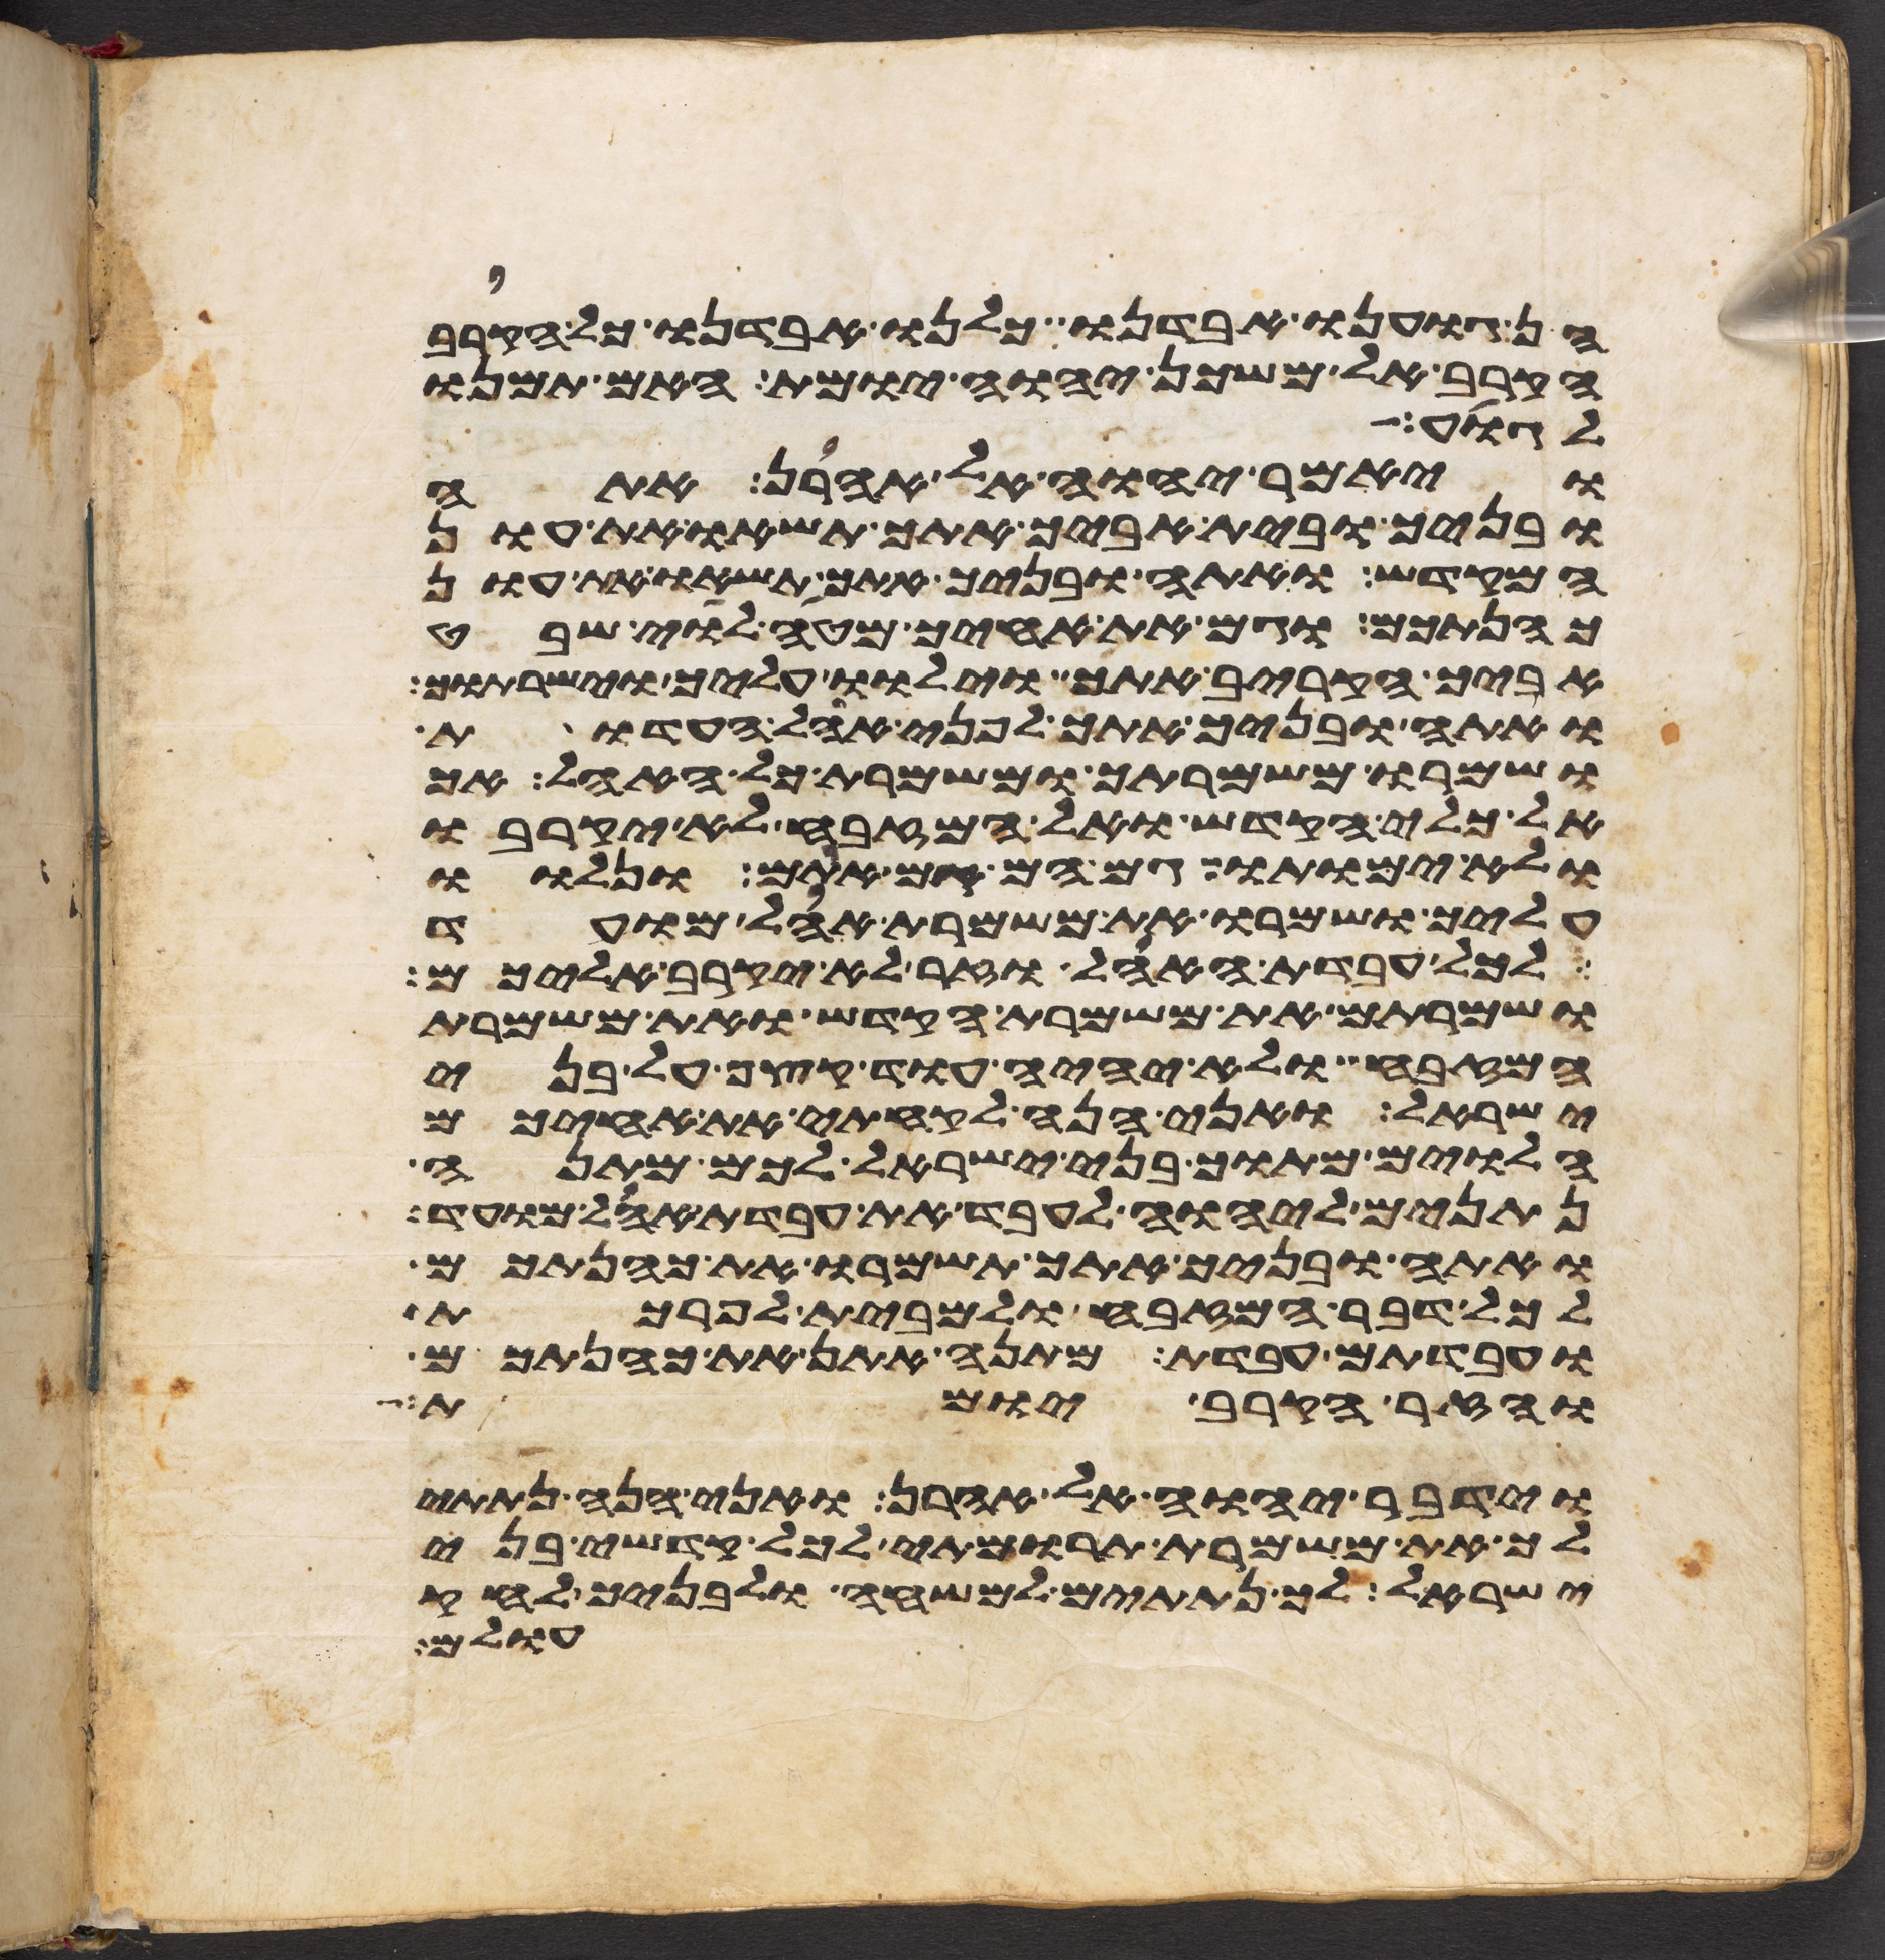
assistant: הן גוענו אבדנו כלנו אבדנו כל הקרוב
הקרב אל משכן יהוה יומת האם תמנו
לגוע
ויאמר יהוה אל אהרן אתה
ובניך ובית אביך אתך תשאו את עון
המקדש ואתה ובניך אתך תשאו את עון
כהנתכם וגם את אחיך מטה לוי שבט
אביך הקריב אתך וילוו עליך וישרתוך
ואתה ובניך אתך לפני אהל העדות
ושמרו משמרתך ומשמרת כל האהל אך
אל כלי הקדש ואל המזבח לא יקרבו
ולא ימותו גם הם גם אתם ונלוו
עליך ושמרו את משמרת אהל מועד
לכל עבדת האהל וזר לא יקרב אליכם
ושמרתם את משמרת הקדש ואת משמרת
המזבח ולא יהיה עוד קצף על בני
ישראל ואני הנה לקחתי את אחיכם
הלוים מתוך בני ישראל לכם מתנה
נתנים ליהוה לעבד את עבדת אהל מועד
ואתה ובניך אתך תשמרו את כהנתכם
לכל דבר המזבח ולמבית לפרכת
ועבדתם עבדת מתנה אתן את כהנתכם
והזר הקרב יומת
וידבר יהוה אל אהרן ואני הנה נתתי
לך את משמרת תרומתי לכל קדשי בני
ישראל לך נתתים למשחה ולבניך לחק
עולם